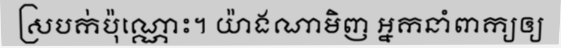
ស្របក់ប៉ុណ្ណោះ។ យ៉ាងណាមិញ អ្នកនាំពាក្យឲ្យ